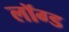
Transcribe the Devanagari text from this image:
लॉग्ड